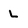
Character: L